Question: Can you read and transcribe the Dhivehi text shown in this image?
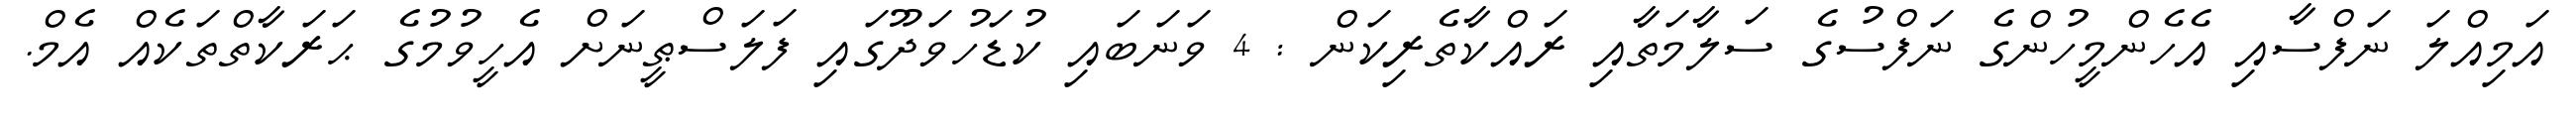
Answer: އަމިއްލަ ނަފްސާއި އެހެންމީހުންގެ ނަފްސުގެ ސަލާމަތާއި ރައްކާތެރިކަން : 4 ވަނަބައި ކުޑަހުވަދޫގައި ފަލަސްޠީނަށް އެހީވުމުގެ ޙަރަކާތްތަކެއް އެމް.